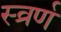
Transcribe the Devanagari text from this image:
स्व्रर्ण